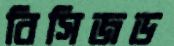
বিসিজড